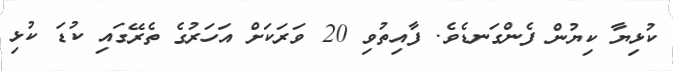
ކުޅިޔާ ކިޔުން ފެންގަނޑެވެ. ފާއިތުވި 20 ވަރަކަށް އަހަރުގެ ތެރޭގައި ކުޑަ ކުޅި